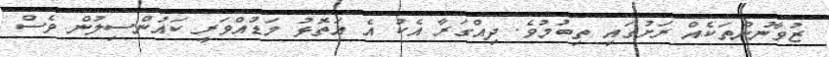
ޒުވާނުންތަކެއް ރަށުގައި ތިބުމުވެ. ދިއްގަރާ އެކު އެ އަތޮޅު މަޑުއްވަރީ ކައުންސިލުން ވެސް